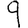
Digit: 9